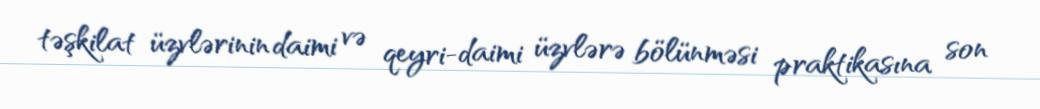
təşkilat üzvlərinin daimi və qeyri-daimi üzvlərə bölünməsi praktikasına son